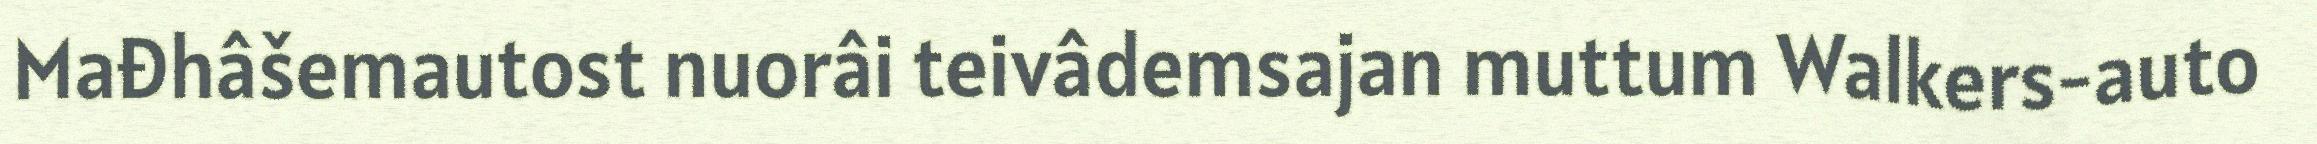
Mađhâšemautost nuorâi teivâdemsajan muttum Walkers-auto